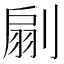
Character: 𠞛